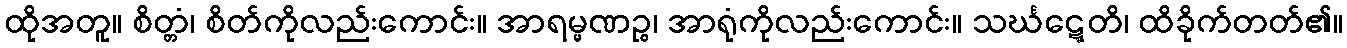
ထိုအတူ။ စိတ္တံ၊ စိတ်ကိုလည်းကောင်း။ အာရမ္မဏဉ္စ၊ အာရုံကိုလည်းကောင်း။ သင်္ဃဋ္ဋေတိ၊ ထိခိုက်တတ်၏။